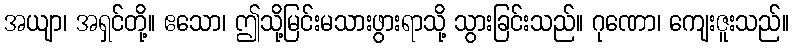
အယျာ၊ အရှင်တို့။ ဧသော၊ ဤသို့မြင်းမသားဖွားရာသို့ သွားခြင်းသည်။ ဂုဏော၊ ကျေးဇူးသည်။